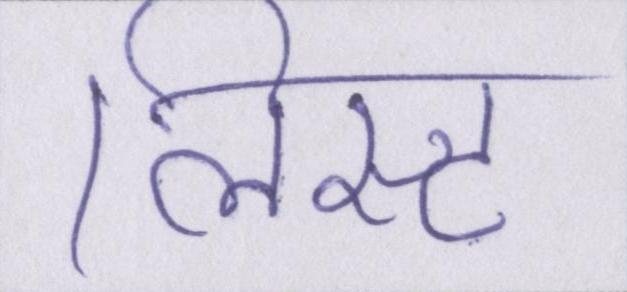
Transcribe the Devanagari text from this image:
लिस्ट